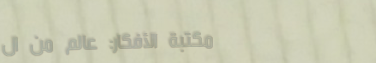
مكتبة الأفكار: عالم من ال